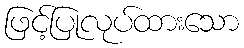
ဖြင့်ပြုလုပ်ထားသော